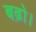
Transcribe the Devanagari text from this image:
बढ़ो।